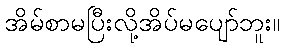
အိမ်စာမပြီးလို့အိပ်မပျော်ဘူး။